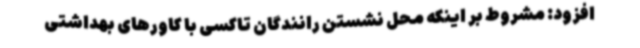
افزود: مشروط بر اینکه محل نشستن رانندگان تاکسی با کاورهای بهداشتی